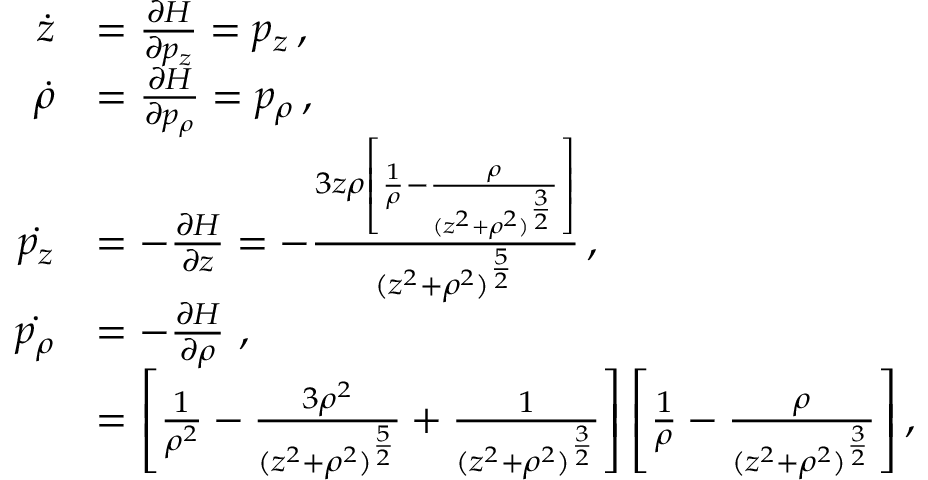
\begin{array} { r l } { \dot { z } } & { = \frac { \partial H } { \partial p _ { z } } = p _ { z } \, , } \\ { \dot { \rho } } & { = \frac { \partial H } { \partial p _ { \rho } } = p _ { \rho } \, , } \\ { \dot { p _ { z } } } & { = - \frac { \partial H } { \partial z } = - \frac { 3 z \rho \left[ \frac { 1 } { \rho } - \frac { \rho } { ( z ^ { 2 } + \rho ^ { 2 } ) ^ { \frac { 3 } { 2 } } } \right] } { ( z ^ { 2 } + \rho ^ { 2 } ) ^ { \frac { 5 } { 2 } } } \, , } \\ { \dot { p _ { \rho } } } & { = - \frac { \partial H } { \partial \rho } \ , } \\ & { = \left[ \frac { 1 } { \rho ^ { 2 } } - \frac { 3 \rho ^ { 2 } } { ( z ^ { 2 } + \rho ^ { 2 } ) ^ { \frac { 5 } { 2 } } } + \frac { 1 } { ( z ^ { 2 } + \rho ^ { 2 } ) ^ { \frac { 3 } { 2 } } } \right] \left[ \frac { 1 } { \rho } - \frac { \rho } { ( z ^ { 2 } + \rho ^ { 2 } ) ^ { \frac { 3 } { 2 } } } \right] , } \end{array}